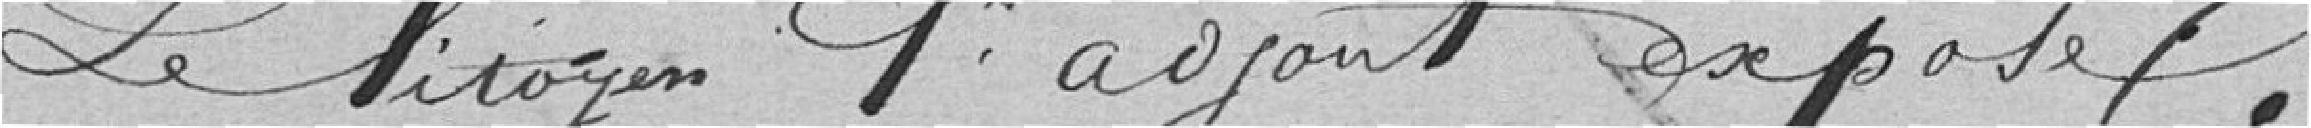
Le Citoyen premier adjoint expose